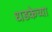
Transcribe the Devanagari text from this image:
धडकेच्या